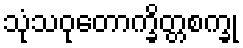
သုံသဝုတောက္ခိတ္တစက္ခု